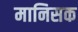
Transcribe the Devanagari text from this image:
मानिसक